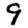
Digit: 9